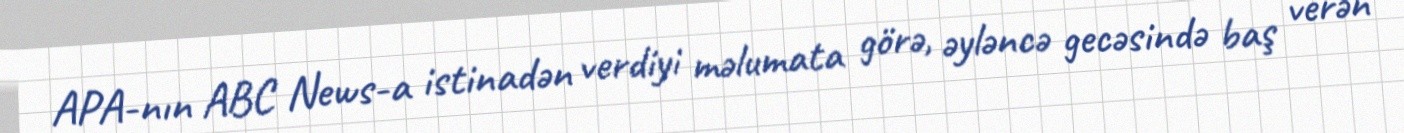
APA-nın ABC News-a istinadən verdiyi məlumata görə, əyləncə gecəsində baş verən